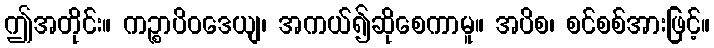
ဤအတိုင်း။ ကဉ္စာပိဝဒေယျ၊ အကယ်၍ဆိုစေကာမူ။ အပိစ၊ စင်စစ်အားဖြင့်။